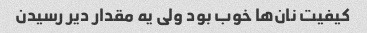
کیفیت نان‌ها خوب بود ولی یه مقدار دیر رسیدن